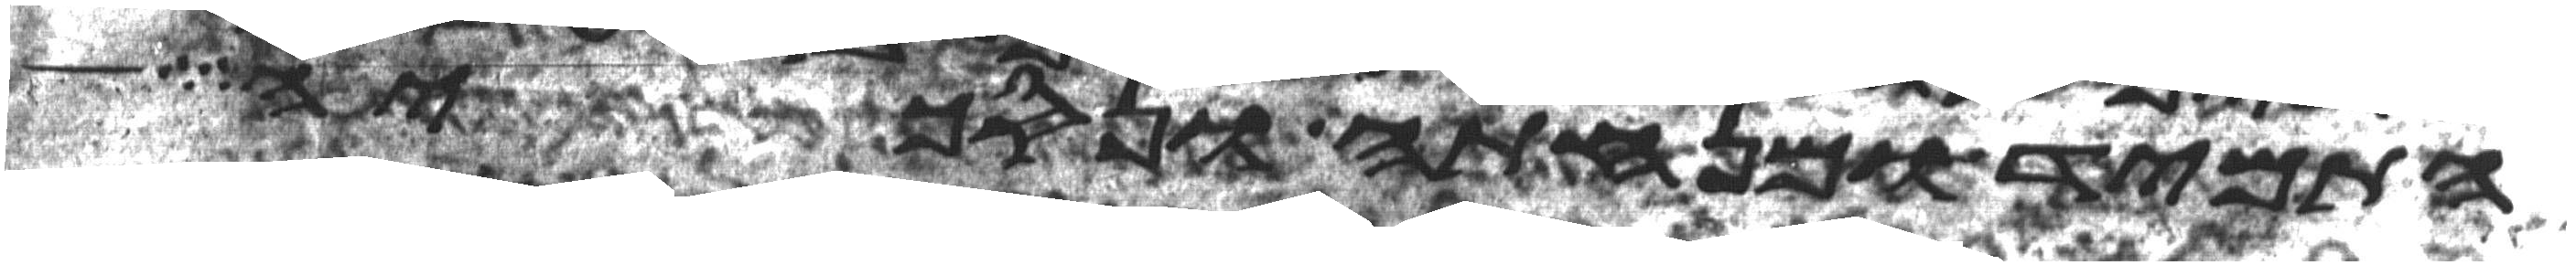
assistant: התמיד ומנחתה ונסכיה